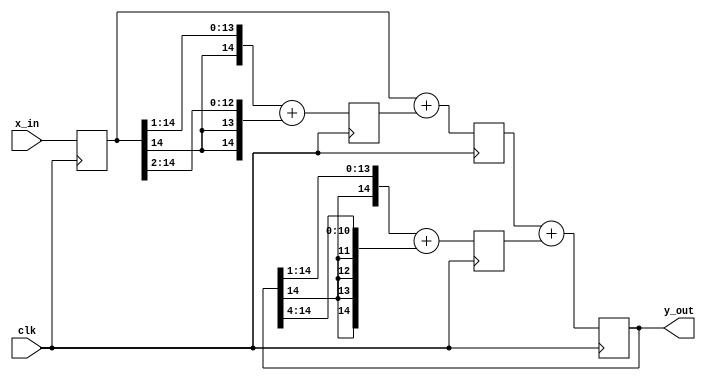
//*********************************************************
// IEEE STD 1364-1995 Verilog file: iir_pipe.v
// Author-EMAIL: Uwe.Meyer-Baese@ieee.org
//*********************************************************
module iir_pipe (x_in, y_out, clk); //----> Interface

  parameter W = 14; // Bit width - 1
  input          clk;
  input  [W:0]  x_in;   // Input
  output [W:0]  y_out;  // Result

  reg [W:0] x, x3, sx;
  reg [W:0] y, y9;  
            
  always @(posedge clk)  // Infer FFs for input, output and
  begin                  // pipeline stages; 
    x   <= x_in;         // use non-blocking FF assignments
    x3  <= {x[W],x[W:1]} + {x[W],x[W],x[W:2]}; 
                              // i.e. x / 2 + x / 4 = x*3/4
    sx  <= x + x3; // Sum of x element i.e. output FIR part
    y9  <= {y[W],y[W:1]} + {{4{y[W]}},y[W:4]}; 
                            // i.e. y / 2 + y / 16 = y*9/16
    y   <= sx + y9;                       // Compute output
  end

  assign y_out = y ;   // Connect register y to output pins

endmodule